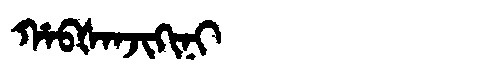
Manchu: ᡥᠠᠪᡧᠠᠨᠵᡳᡴᡳᠨᡳ
Romanization: HABŠANJIKINI